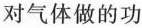
对气体做的功